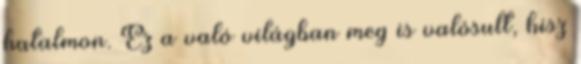
hatalmon. Ez a való világban meg is valósult, hisz